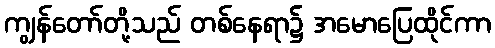
ကျွန်တော်တို့သည် တစ်နေရာ၌ အမောပြေထိုင်ကာ